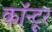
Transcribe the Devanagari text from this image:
कॉन्टूर